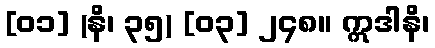
[၀၁] (နိ၊ ၃၅) [၀၃] ၂၄၈။ ဣဒါနိ၊